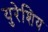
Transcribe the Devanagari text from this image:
युरेशिय